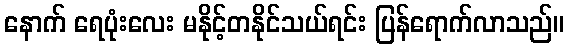
နောက် ရေပုံးလေး မနိုင့်တနိုင်သယ်ရင်း ပြန်ရောက်လာသည်။